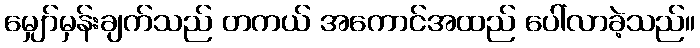
မျှော်မှန်းချက်သည် တကယ် အကောင်အထည် ပေါ်လာခဲ့သည်။